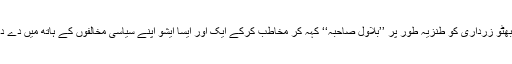
انہوں نے خوامخواہ پیپلزپارٹی کے چیئرمین بلاول بھٹو زرداری کو طنزیہ طور پر ’’بلاول صاحبہ‘‘ کہہ کر مخاطب کرکے ایک اور ایسا ایشو اپنے سیاسی مخالفوں کے ہاتھ میں دے دیا ہے جس سے ان کی جلدی جان نہیں چھوٹے گی۔